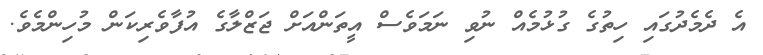
އެ ދެމެދުގައި ހިތުގެ ގުޅުމެއް ނުވި ނަމަވެސް އީތަންއަށް ޖަޒްލާގެ އުފާވެރިކަން މުހިންމެވެ.